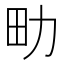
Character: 㽖